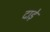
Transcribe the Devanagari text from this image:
दाड़े